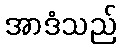
အာဒံသည်